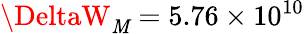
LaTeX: \DeltaW_{\mathit{M}}=5.76\times10^{10}